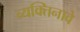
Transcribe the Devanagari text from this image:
व्यक्तिनावे